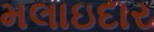
મલાઇદાર